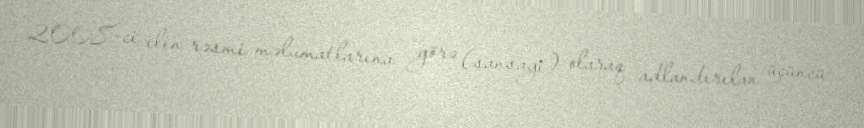
2008-ci ilin rəsmi məlumatlarına görə (sansayi) olaraq adlandırılan üçüncü